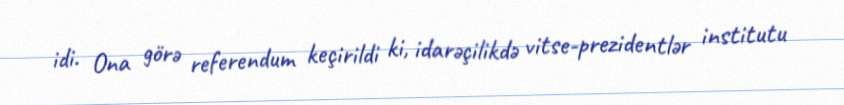
idi. Ona görə referendum keçirildi ki, idarəçilikdə vitse-prezidentlər institutu